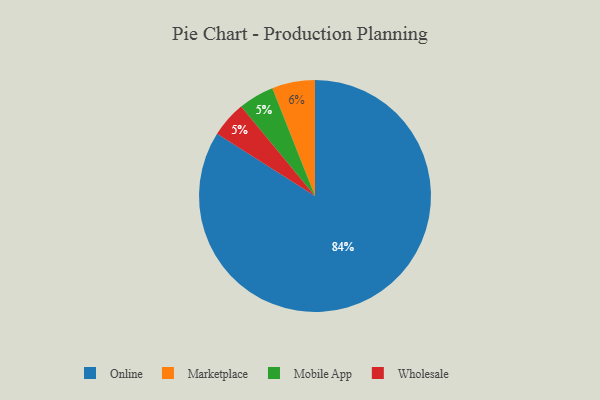
{"axis": {"x": "Category", "y": "Percentage"}, "legend": ["Marketplace", "Mobile App", "Online", "Wholesale"], "data": [{"x": "Mobile App", "y": 5, "type": "Mobile App"}, {"x": "Marketplace", "y": 6, "type": "Marketplace"}, {"x": "Wholesale", "y": 5, "type": "Wholesale"}, {"x": "Online", "y": 84, "type": "Online"}]}